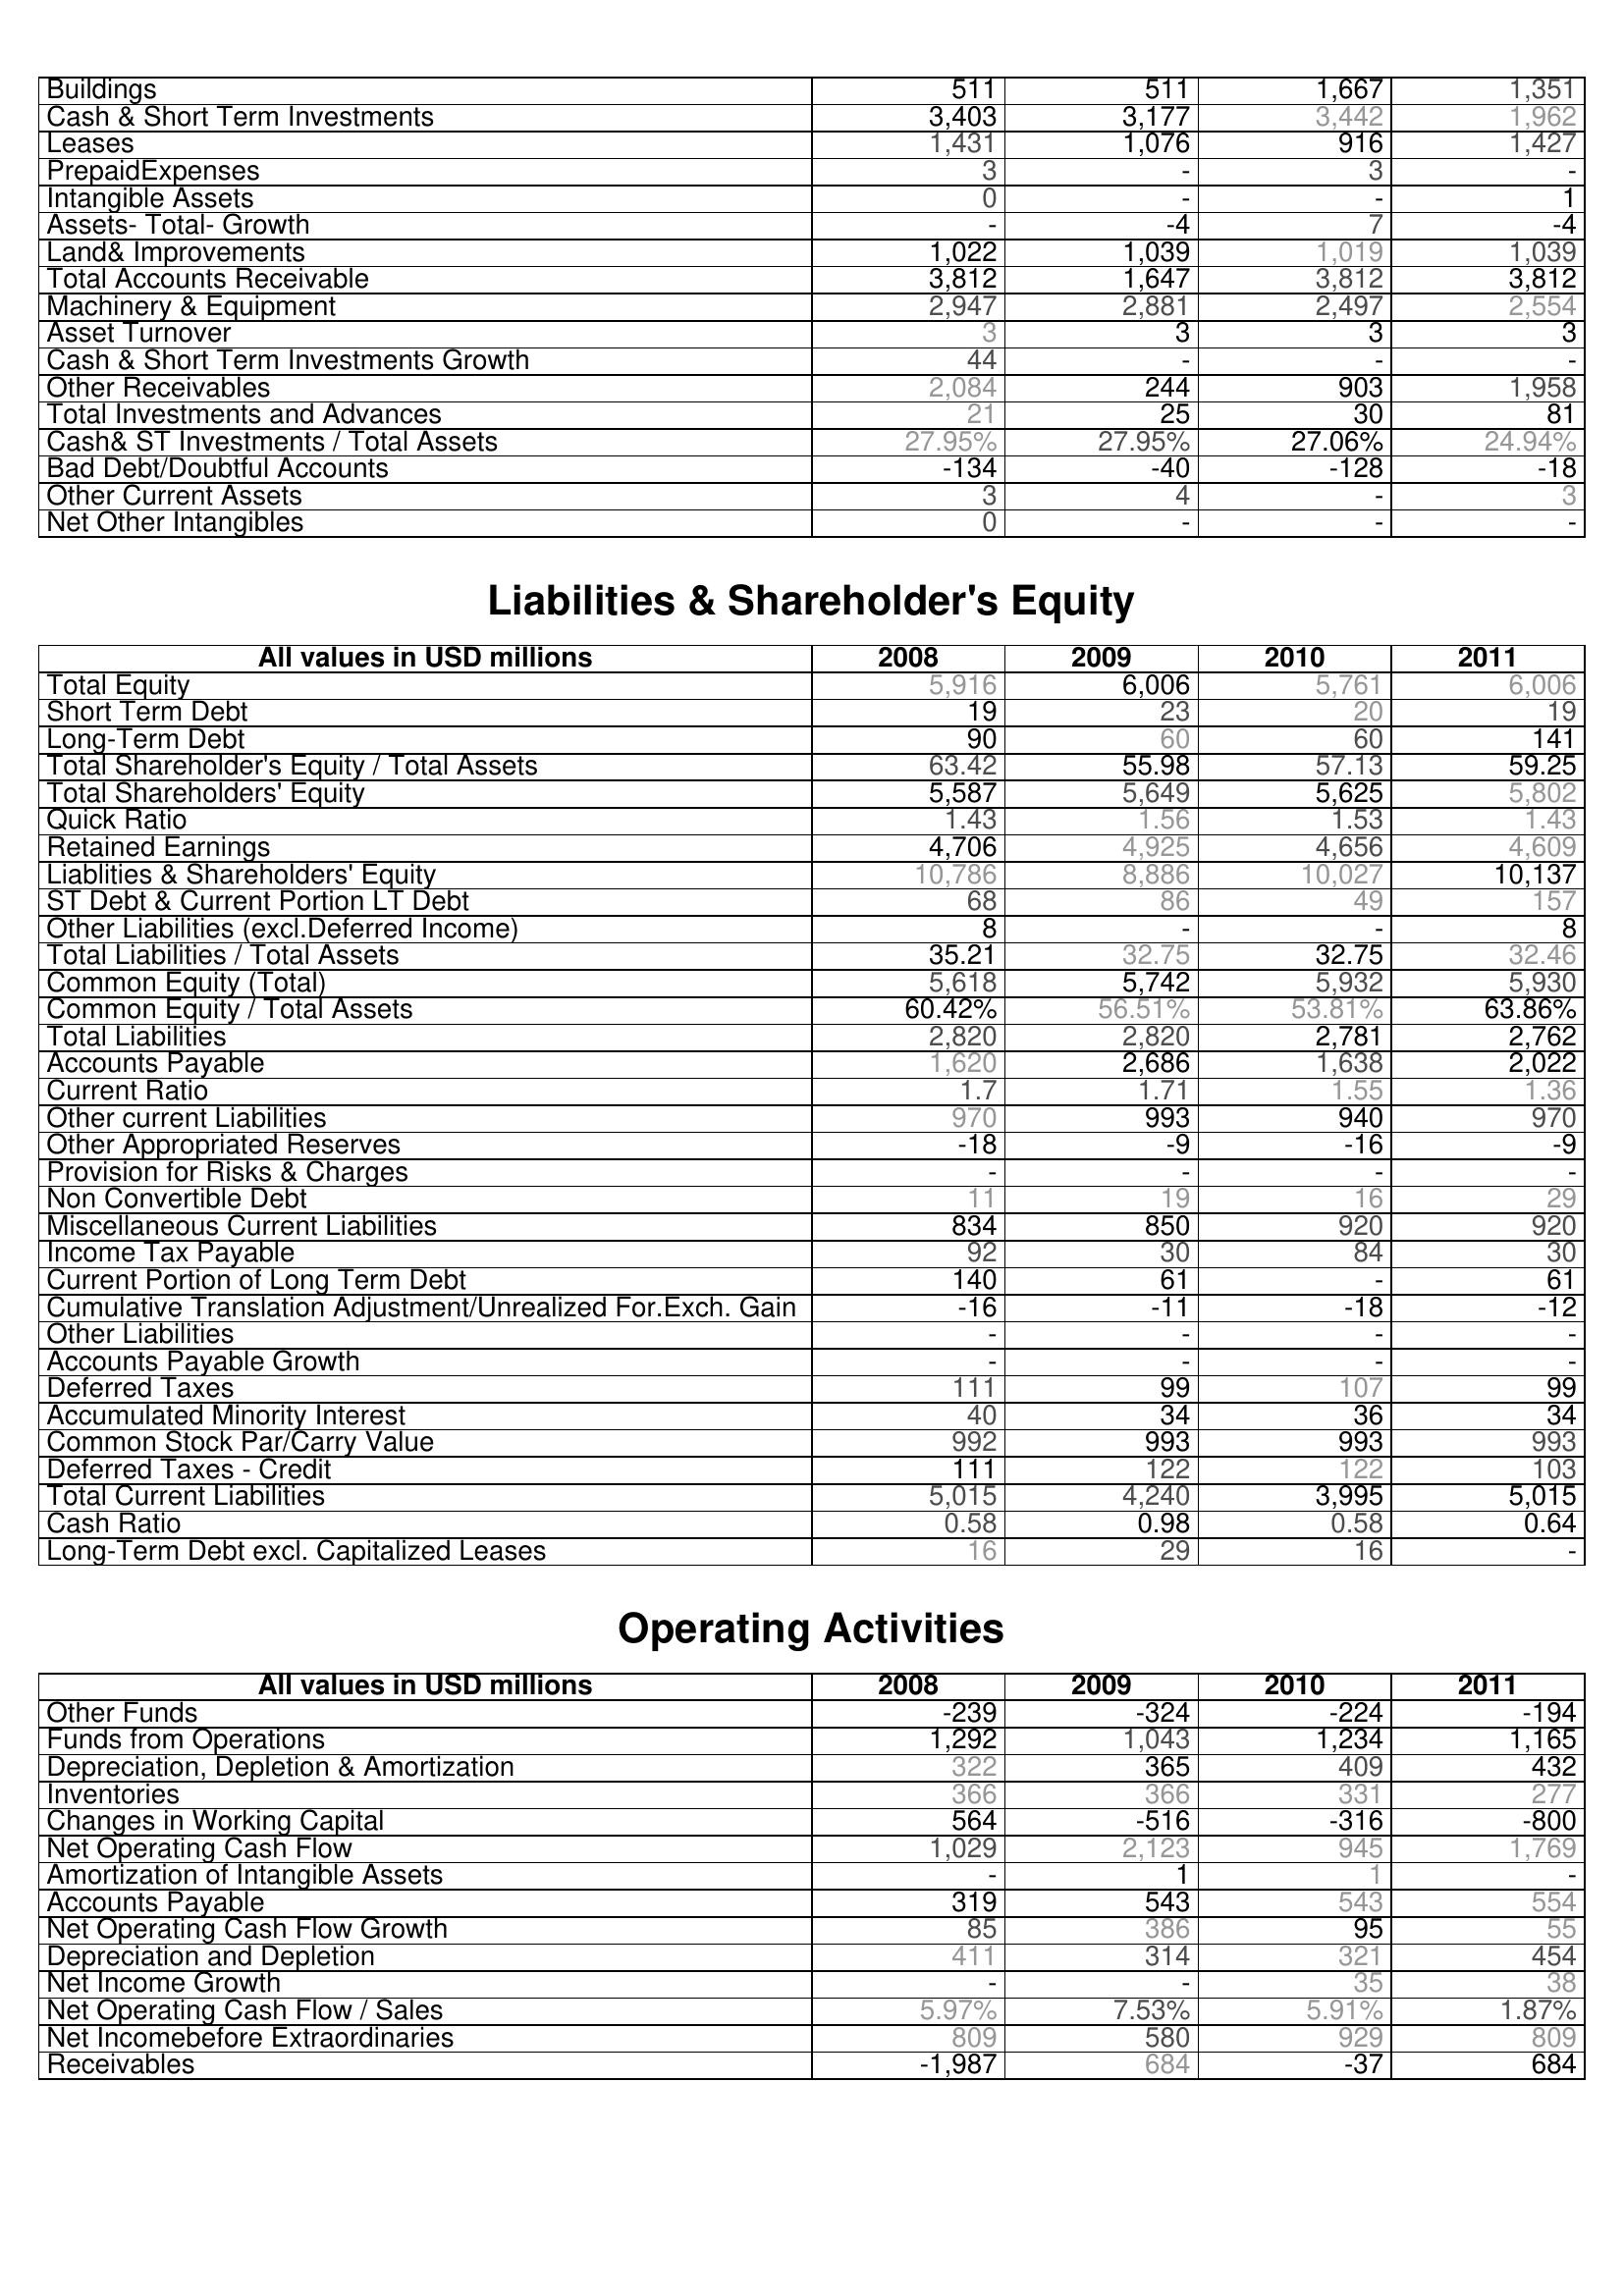
2008: Assets: Buildings: 511
Cash & Short Term Investments: 3,403
Leases: 1,431
PrepaidExpenses: 3
Intangible Assets: 0
Assets- Total- Growth: -
Land& Improvements: 1,022
Total Accounts Receivable: 3,812
Machinery & Equipment: 2,947
Asset Turnover: 3
Cash & Short Term Investments Growth: 44
Other Receivables: 2,084
Total Investments and Advances: 21
Cash& ST Investments / Total Assets: 27.95%
Bad Debt/Doubtful Accounts: -134
Other Current Assets: 3
Net Other Intangibles: 0
Liabilities & Shareholder's Equity: Total Equity: 5,916
Short Term Debt: 19
Long-Term Debt: 90
Total Shareholder's Equity / Total Assets: 63.42
Total Shareholders' Equity: 5,587
Quick Ratio: 1.43
Retained Earnings: 4,706
Liablities & Shareholders' Equity: 10,786
ST Debt & Current Portion LT Debt: 68
Other Liabilities (excl.Deferred Income): 8
Total Liabilities / Total Assets: 35.21
Common Equity (Total): 5,618
Common Equity / Total Assets: 60.42%
Total Liabilities: 2,820
Accounts Payable: 1,620
Current Ratio: 1.7
Other current Liabilities: 970
Other Appropriated Reserves: -18
Provision for Risks & Charges: -
Non Convertible Debt: 11
Miscellaneous Current Liabilities: 834
Income Tax Payable: 92
Current Portion of Long Term Debt: 140
Cumulative Translation Adjustment/Unrealized For.Exch. Gain: -16
Other Liabilities: -
Accounts Payable Growth: -
Deferred Taxes: 111
Accumulated Minority Interest: 40
Common Stock Par/Carry Value: 992
Deferred Taxes - Credit: 111
Total Current Liabilities: 5,015
Cash Ratio: 0.58
Long-Term Debt excl. Capitalized Leases: 16
Operating Activities: Other Funds: -239
Funds from Operations: 1,292
Depreciation, Depletion & Amortization: 322
Inventories: 366
Changes in Working Capital: 564
Net Operating Cash Flow: 1,029
Amortization of Intangible Assets: -
Accounts Payable: 319
Net Operating Cash Flow Growth: 85
Depreciation and Depletion: 411
Net Income Growth: -
Net Operating Cash Flow / Sales: 5.97%
Net Incomebefore Extraordinaries: 809
Receivables: -1,987
2009: Assets: Buildings: 511
Cash & Short Term Investments: 3,177
Leases: 1,076
PrepaidExpenses: -
Intangible Assets: -
Assets- Total- Growth: -4
Land& Improvements: 1,039
Total Accounts Receivable: 1,647
Machinery & Equipment: 2,881
Asset Turnover: 3
Cash & Short Term Investments Growth: -
Other Receivables: 244
Total Investments and Advances: 25
Cash& ST Investments / Total Assets: 27.95%
Bad Debt/Doubtful Accounts: -40
Other Current Assets: 4
Net Other Intangibles: -
Liabilities & Shareholder's Equity: Total Equity: 6,006
Short Term Debt: 23
Long-Term Debt: 60
Total Shareholder's Equity / Total Assets: 55.98
Total Shareholders' Equity: 5,649
Quick Ratio: 1.56
Retained Earnings: 4,925
Liablities & Shareholders' Equity: 8,886
ST Debt & Current Portion LT Debt: 86
Other Liabilities (excl.Deferred Income): -
Total Liabilities / Total Assets: 32.75
Common Equity (Total): 5,742
Common Equity / Total Assets: 56.51%
Total Liabilities: 2,820
Accounts Payable: 2,686
Current Ratio: 1.71
Other current Liabilities: 993
Other Appropriated Reserves: -9
Provision for Risks & Charges: -
Non Convertible Debt: 19
Miscellaneous Current Liabilities: 850
Income Tax Payable: 30
Current Portion of Long Term Debt: 61
Cumulative Translation Adjustment/Unrealized For.Exch. Gain: -11
Other Liabilities: -
Accounts Payable Growth: -
Deferred Taxes: 99
Accumulated Minority Interest: 34
Common Stock Par/Carry Value: 993
Deferred Taxes - Credit: 122
Total Current Liabilities: 4,240
Cash Ratio: 0.98
Long-Term Debt excl. Capitalized Leases: 29
Operating Activities: Other Funds: -324
Funds from Operations: 1,043
Depreciation, Depletion & Amortization: 365
Inventories: 366
Changes in Working Capital: -516
Net Operating Cash Flow: 2,123
Amortization of Intangible Assets: 1
Accounts Payable: 543
Net Operating Cash Flow Growth: 386
Depreciation and Depletion: 314
Net Income Growth: -
Net Operating Cash Flow / Sales: 7.53%
Net Incomebefore Extraordinaries: 580
Receivables: 684
2010: Assets: Buildings: 1,667
Cash & Short Term Investments: 3,442
Leases: 916
PrepaidExpenses: 3
Intangible Assets: -
Assets- Total- Growth: 7
Land& Improvements: 1,019
Total Accounts Receivable: 3,812
Machinery & Equipment: 2,497
Asset Turnover: 3
Cash & Short Term Investments Growth: -
Other Receivables: 903
Total Investments and Advances: 30
Cash& ST Investments / Total Assets: 27.06%
Bad Debt/Doubtful Accounts: -128
Other Current Assets: -
Net Other Intangibles: -
Liabilities & Shareholder's Equity: Total Equity: 5,761
Short Term Debt: 20
Long-Term Debt: 60
Total Shareholder's Equity / Total Assets: 57.13
Total Shareholders' Equity: 5,625
Quick Ratio: 1.53
Retained Earnings: 4,656
Liablities & Shareholders' Equity: 10,027
ST Debt & Current Portion LT Debt: 49
Other Liabilities (excl.Deferred Income): -
Total Liabilities / Total Assets: 32.75
Common Equity (Total): 5,932
Common Equity / Total Assets: 53.81%
Total Liabilities: 2,781
Accounts Payable: 1,638
Current Ratio: 1.55
Other current Liabilities: 940
Other Appropriated Reserves: -16
Provision for Risks & Charges: -
Non Convertible Debt: 16
Miscellaneous Current Liabilities: 920
Income Tax Payable: 84
Current Portion of Long Term Debt: -
Cumulative Translation Adjustment/Unrealized For.Exch. Gain: -18
Other Liabilities: -
Accounts Payable Growth: -
Deferred Taxes: 107
Accumulated Minority Interest: 36
Common Stock Par/Carry Value: 993
Deferred Taxes - Credit: 122
Total Current Liabilities: 3,995
Cash Ratio: 0.58
Long-Term Debt excl. Capitalized Leases: 16
Operating Activities: Other Funds: -224
Funds from Operations: 1,234
Depreciation, Depletion & Amortization: 409
Inventories: 331
Changes in Working Capital: -316
Net Operating Cash Flow: 945
Amortization of Intangible Assets: 1
Accounts Payable: 543
Net Operating Cash Flow Growth: 95
Depreciation and Depletion: 321
Net Income Growth: 35
Net Operating Cash Flow / Sales: 5.91%
Net Incomebefore Extraordinaries: 929
Receivables: -37
2011: Assets: Buildings: 1,351
Cash & Short Term Investments: 1,962
Leases: 1,427
PrepaidExpenses: -
Intangible Assets: 1
Assets- Total- Growth: -4
Land& Improvements: 1,039
Total Accounts Receivable: 3,812
Machinery & Equipment: 2,554
Asset Turnover: 3
Cash & Short Term Investments Growth: -
Other Receivables: 1,958
Total Investments and Advances: 81
Cash& ST Investments / Total Assets: 24.94%
Bad Debt/Doubtful Accounts: -18
Other Current Assets: 3
Net Other Intangibles: -
Liabilities & Shareholder's Equity: Total Equity: 6,006
Short Term Debt: 19
Long-Term Debt: 141
Total Shareholder's Equity / Total Assets: 59.25
Total Shareholders' Equity: 5,802
Quick Ratio: 1.43
Retained Earnings: 4,609
Liablities & Shareholders' Equity: 10,137
ST Debt & Current Portion LT Debt: 157
Other Liabilities (excl.Deferred Income): 8
Total Liabilities / Total Assets: 32.46
Common Equity (Total): 5,930
Common Equity / Total Assets: 63.86%
Total Liabilities: 2,762
Accounts Payable: 2,022
Current Ratio: 1.36
Other current Liabilities: 970
Other Appropriated Reserves: -9
Provision for Risks & Charges: -
Non Convertible Debt: 29
Miscellaneous Current Liabilities: 920
Income Tax Payable: 30
Current Portion of Long Term Debt: 61
Cumulative Translation Adjustment/Unrealized For.Exch. Gain: -12
Other Liabilities: -
Accounts Payable Growth: -
Deferred Taxes: 99
Accumulated Minority Interest: 34
Common Stock Par/Carry Value: 993
Deferred Taxes - Credit: 103
Total Current Liabilities: 5,015
Cash Ratio: 0.64
Long-Term Debt excl. Capitalized Leases: -
Operating Activities: Other Funds: -194
Funds from Operations: 1,165
Depreciation, Depletion & Amortization: 432
Inventories: 277
Changes in Working Capital: -800
Net Operating Cash Flow: 1,769
Amortization of Intangible Assets: -
Accounts Payable: 554
Net Operating Cash Flow Growth: 55
Depreciation and Depletion: 454
Net Income Growth: 38
Net Operating Cash Flow / Sales: 1.87%
Net Incomebefore Extraordinaries: 809
Receivables: 684